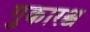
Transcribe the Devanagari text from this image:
गुकारश्च